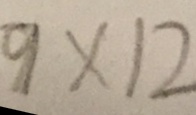
9 \times 1 2